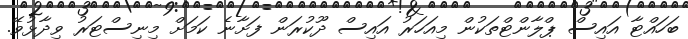
ބަހައްޓާ އައިސް ޕްލާންޓްތަކުން މިއަހަރު އައިސް ދޫކުރަން ފަށާނެ ކަމަށް މިނިސްޓަރު ވިދާޅުވޭ.